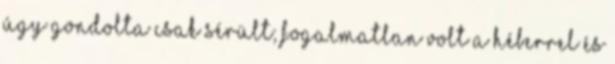
úgy gondolta csak sérült; fogalmatlan volt a héberrel és